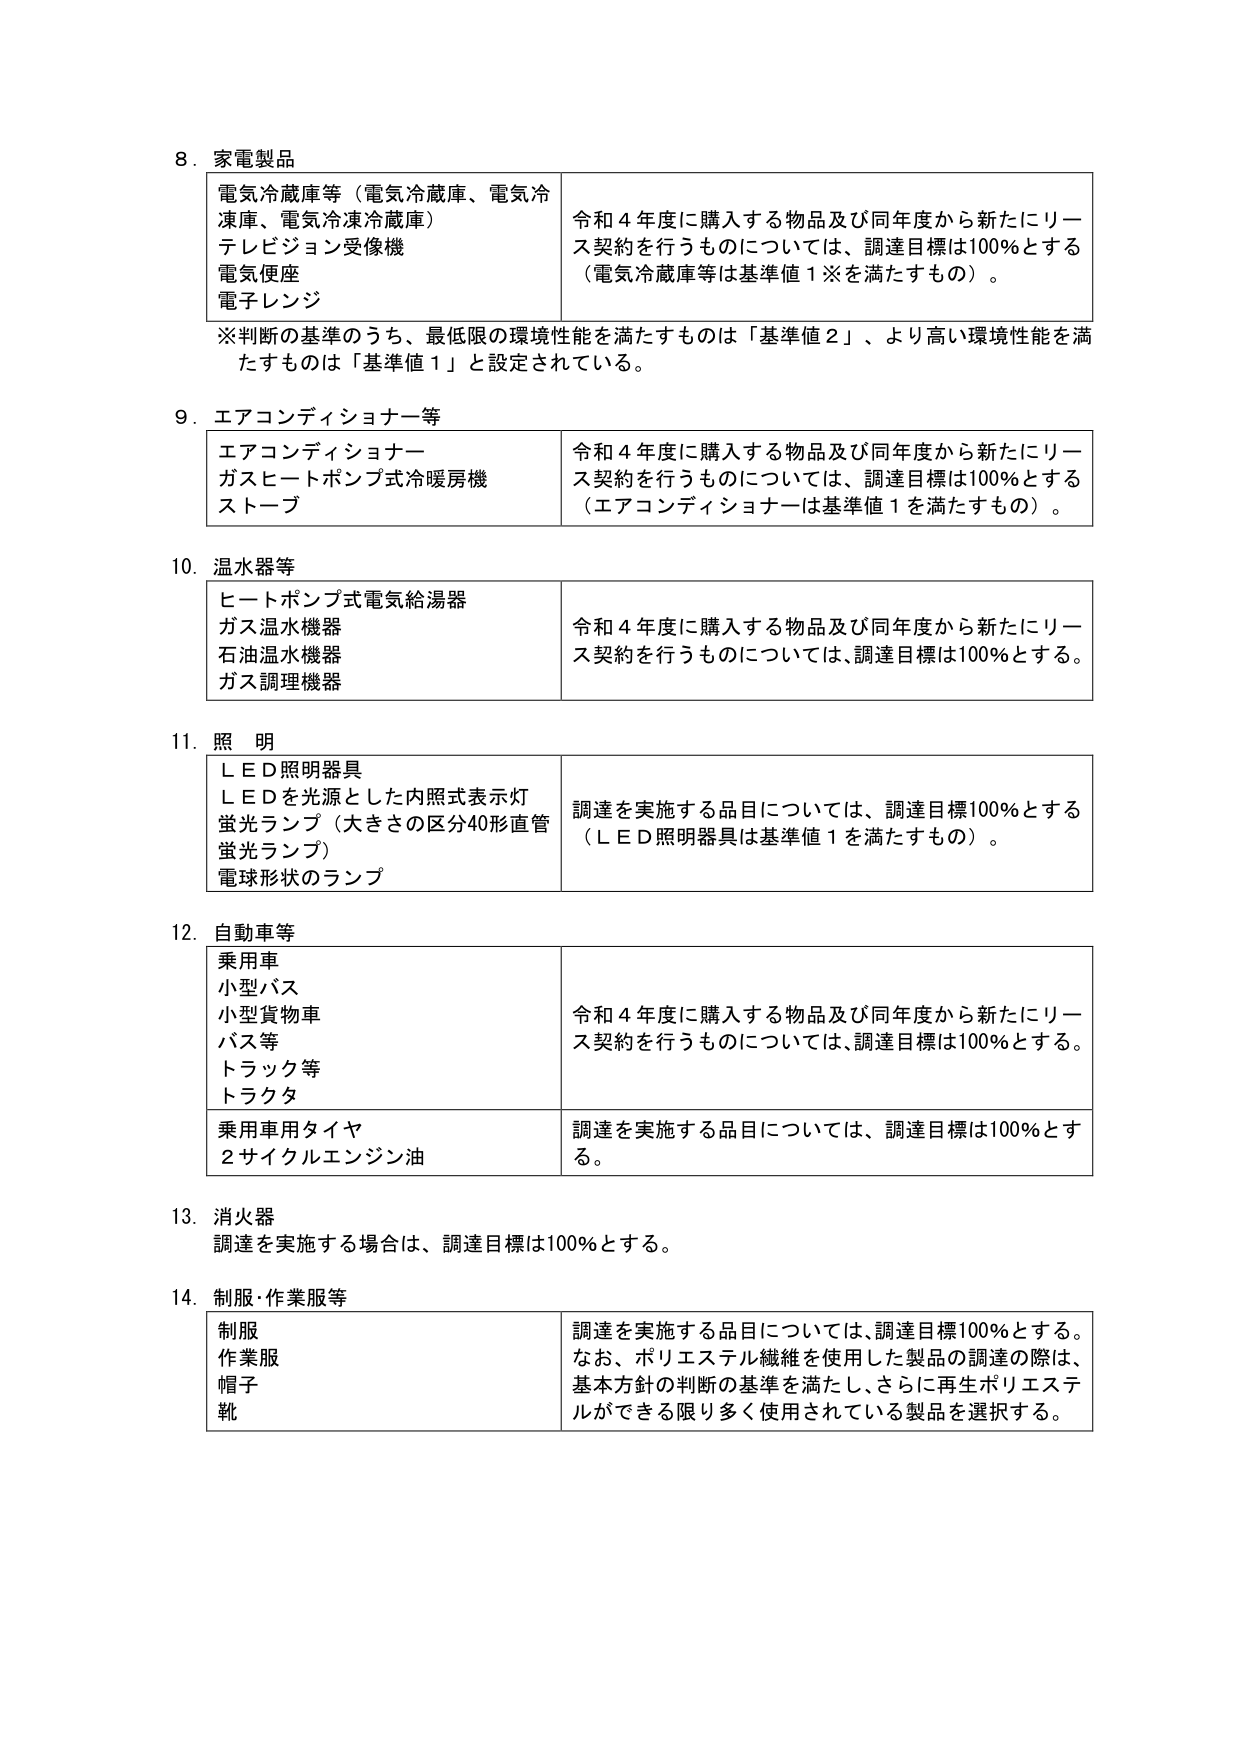
8. 家電製品
電気冷蔵庫等（電気冷蔵庫、電気冷凍庫、電気冷凍冷蔵庫）
テレビジョン受像機
電気便座
電子レンジ
令和4年度に購入する物品及び同年度から新たにリース契約を行うものについては、調達目標は100％とする（電気冷蔵庫等は基準値1※を満たすもの）。
※判断の基準のうち、最低限の環境性能を満たすものは「基準値2」、より高い環境性能を満たすものは「基準値1」と設定されている。

9. エアコンディショナー等
エアコンディショナー
ガスヒートポンプ式冷暖房機
ストーブ
令和4年度に購入する物品及び同年度から新たにリース契約を行うものについては、調達目標は100％とする（エアコンディショナーは基準値1を満たすもの）。

10. 温水器等
ヒートポンプ式電気給湯器
ガス温水機器
石油温水機器
ガス調理機器
令和4年度に購入する物品及び同年度から新たにリース契約を行うものについては、調達目標は100％とする。

11. 照明
ＬＥＤ照明器具
ＬＥＤを光源とした内照式表示灯
蛍光ランプ（大きさの区分40形直管蛍光ランプ）
電球形状のランプ
調達を実施する品目については、調達目標100％とする（ＬＥＤ照明器具は基準値1を満たすもの）。

12. 自動車等
乗用車
小型バス
小型貨物車
バス等
トラック等
トラクタ
乗用車用タイヤ
2サイクルエンジン油
令和4年度に購入する物品及び同年度から新たにリース契約を行うものについては、調達目標は100％とする。
調達を実施する品目については、調達目標は100％とする。

13. 消火器
調達を実施する場合は、調達目標は100％とする。

14. 制服・作業服等
制服
作業服
帽子
靴
調達を実施する品目については、調達目標100％とする。なお、ポリエステル繊維を使用した製品の調達の際は、基本方針の判断の基準を満たし、さらに再生ポリエステルができる限り多く使用されている製品を選択する。